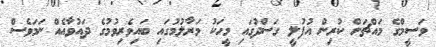
ވަސީމްގެ މައްޗަށް ކުރިން އުފުލީ ގަސްދުގައި މީހަކު މަރާލުމުގައި ބައިވެރިވުމުގެ ދައުވާއެއް ނަމަވެސް